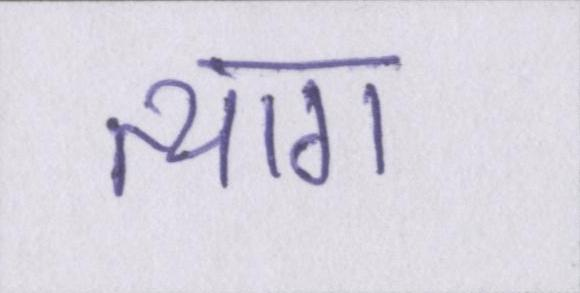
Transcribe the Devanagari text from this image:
त्याग